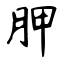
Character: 胛